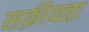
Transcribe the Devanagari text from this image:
सक्रीयता